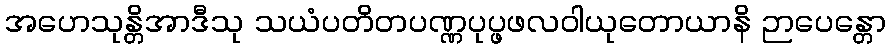
အဟေသုန္တိအာဒီသု သယံပတိတပဏ္ဏပုပ္ဖဖလဝါယုတောယာနိ ဉာပေန္တော